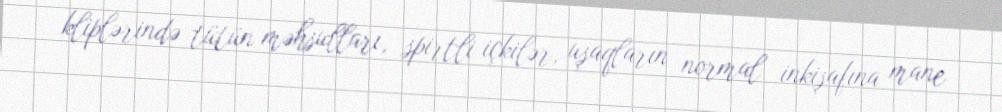
kliplərində tütün məhsulları, spirtli içkilər, uşaqların normal inkişafına mane